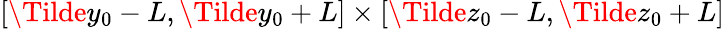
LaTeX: [\Tilde{y}_{0}-L,\Tilde{y}_{0}+L]\times[\Tilde{z}_{0}-L,\Tilde{z}_{0}+L]